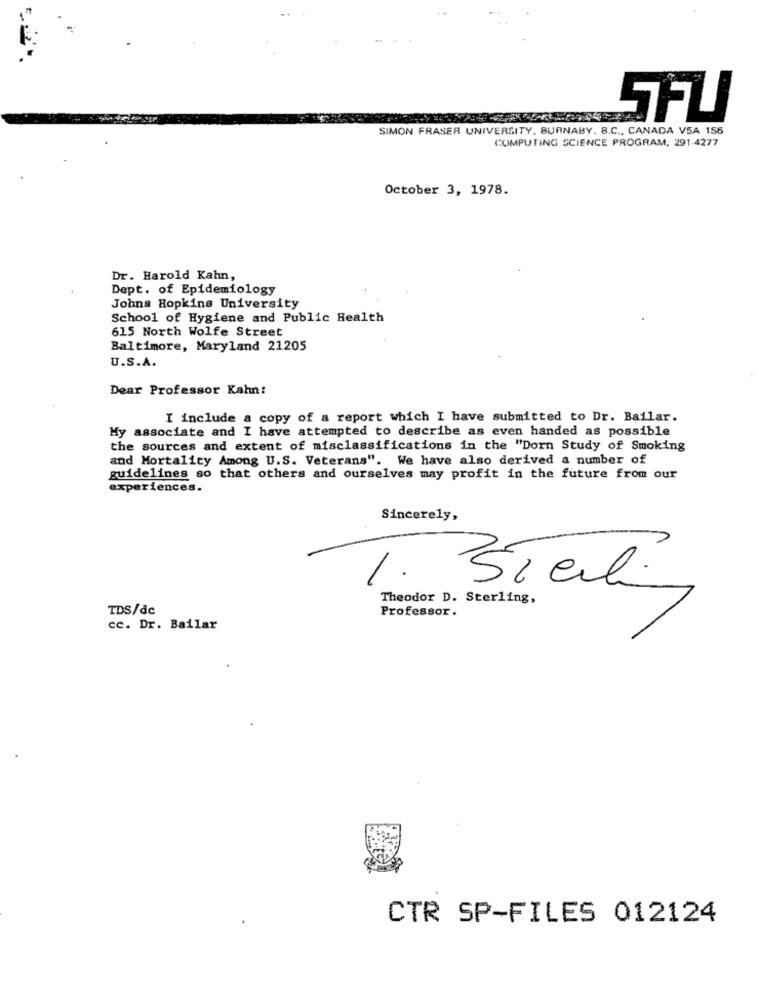
SFLI
SIMON FRASER UNIVERSITY, BURNABY, 8.C ., CANADA VSA 156
COMPUTING SCIENCE PROGRAM: 291.4277
October 3, 1978.
Dr. Harold Kahn,
Dept. of Epidemiology
Johns Hopkins University
School of Hygiene and Public Health
615 North Wolfe Street
Baltimore, Maryland 21205
U.S.A.
Dear Professor Kahn:
I include a copy of a report which I have submitted to Dr. Bailar.
My associate and I have attempted to describe as even handed as possible
the sources and extent of misclassifications in the "Dorn Study of Smoking
and Mortality Among U.S. Veterans". We have also derived a number of
guidelines so that others and ourselves may profit in the future from our
experiences.
Sincerely,
1.
Sicil.
Theodor D. Sterling,
TDS/dc
Professor.
cc. Dr. Bailar
CTR SP-FILES 012124